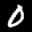
Label: 0